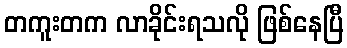
တကူးတက လာခိုင်းရသလို ဖြစ်နေပြီ